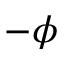
- \phi